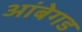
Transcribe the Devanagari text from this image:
आंबेगड